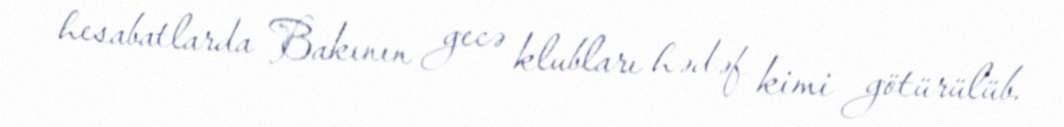
hesabatlarda Bakının gecə klubları hədəf kimi götürülüb.